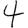
Digit: 4